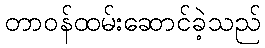
တာဝန်ထမ်းဆောင်ခဲ့သည်